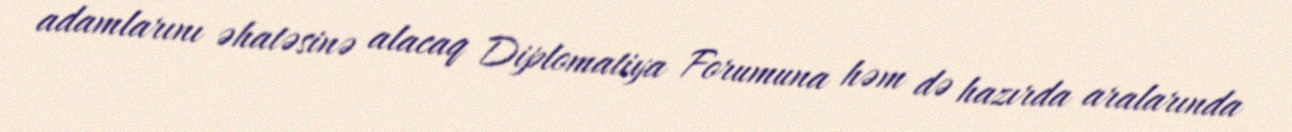
adamlarını əhatəsinə alacaq Diplomatiya Forumuna həm də hazırda aralarında